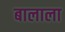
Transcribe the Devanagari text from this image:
बालाला